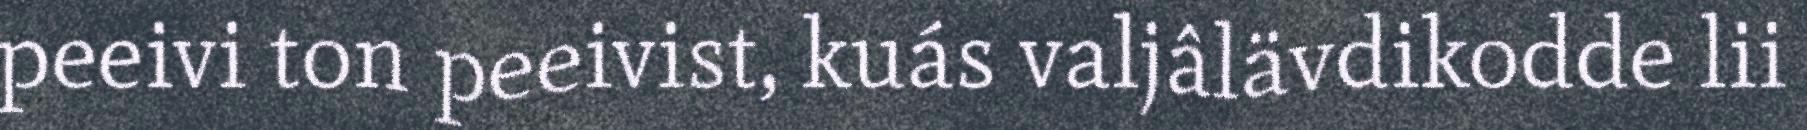
peeivi ton peeivist, kuás valjâlävdikodde lii